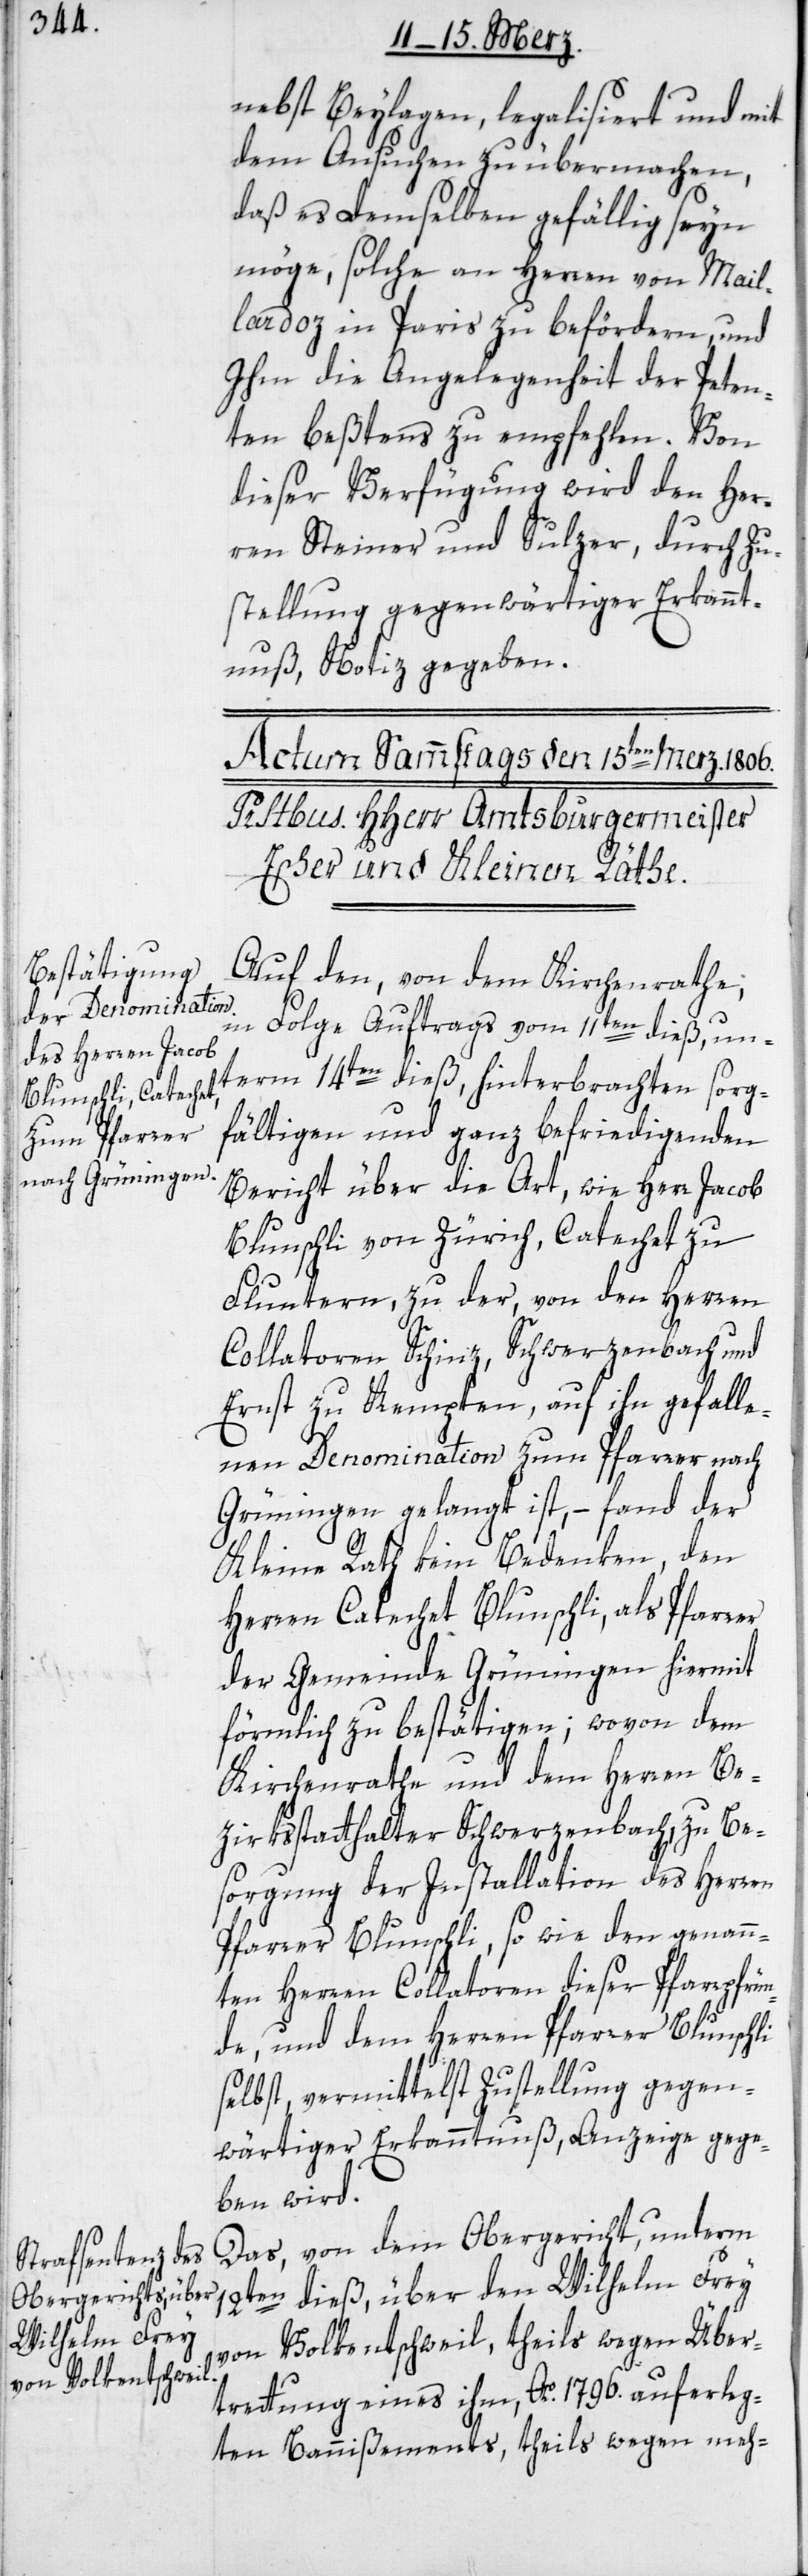
nebst Beylagen, legalisiert und mit
dem Ansuchen zu übermachen,
daß es demselben gefällig seyn
möge, solche an Herren von Mail¬
lardoz in Paris zu befördern, und
Ihm die Angelegenheit der Peten¬
ten beßtens zu empfehlen. Von
dieser Verfügung wird den Her¬
ren Steiner und Sulzer, durch Zu¬
stellung gegenwärtiger Erkannt¬
nuß, Notiz gegeben.
Auf den, von dem Kirchenrathe,
in Folge Auftrags vom 11ten dieß, un¬
term 14ten dieß hinterbrachten sorg¬
fältigen und ganz befriedigenden
Bericht über die Art, wie Herr Jacob
Blunschli von Zürich, Catechet zu
Fluntern, zu der, von den Herren
Collatoren Schinz, Schwerzenbach und
Ernst zu Kempten, auf ihn gefalle¬
nen Denomination zum Pfarrer nach
Grüningen gelangt ist, – fand der
Kleine Rath kein Bedenken, den
Herren Catechet Blunschli, als Pfarrer
der Gemeinde Grüningen hiermit
förmlich zu bestätigen; wovon dem
Kirchenrathe und dem Herren Be¬
zirksstatthalter Schwerzenbach, zu Be¬
sorgung der Installation des Herren
Pfarrer Blunschli, so wie den genann¬
ten Herren Collatoren dieser Pfarrpfrü¬
nde, und dem Herren Pfarrer Blunschli
selbst, vermittelst Zustellung gegen¬
wärtiger Erkanntnuß, Anzeige gege¬
ben wird.
Das, von dem Obergericht, unterm
12ten dieß, über den Wilhelm Frey
von Volkentschweil, theils wegen Über¬
trettung eines ihm, Ao. 1796. auferleg¬
ten Bannißements, theils wegen meh-